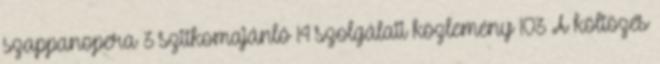
szappanopera 3 szitkomajánló 14 szolgálati közlemény 103 A költözés